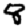
Digit: 8